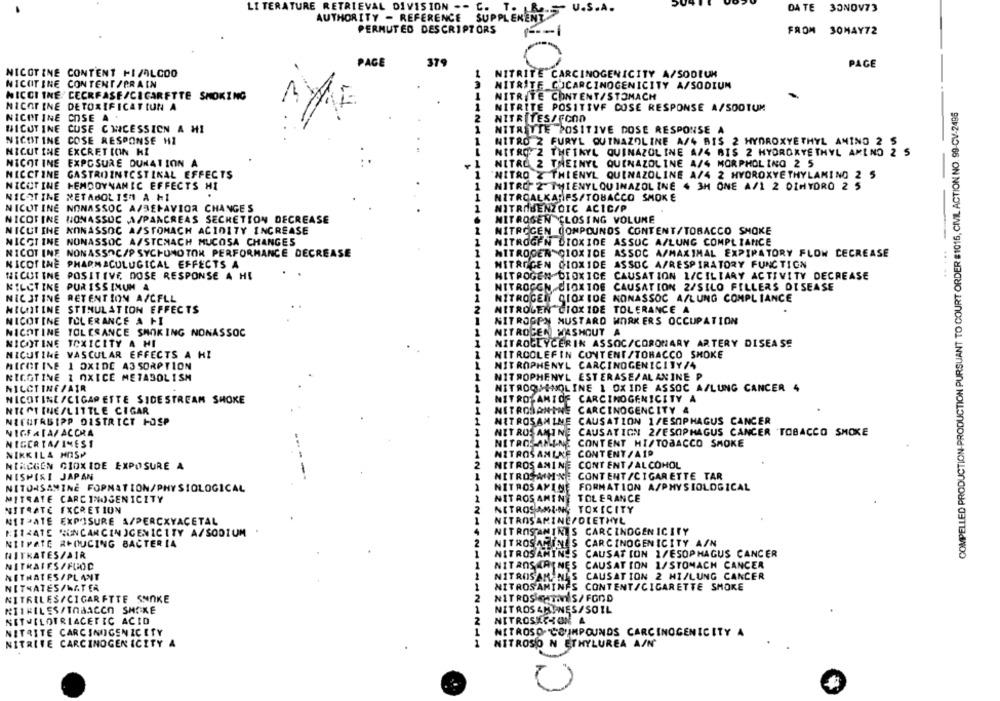
DA TE 30NOV73
LI TERATURE RETRIEVAL DIVISION -- C. T. R ..- U.S.A.
AUTHORITY - REFERENCE SUPPLEMENT
PERMUTED DESCRIPTORS
FROM 30MAY72
F -- 1
PAGE
379
PAGE
NICOTINE CONTENT FI/ALCOO
NITRITE CARCINOGENICITY A/SODIUM
NICOTINE CONTENT /PRAIN
NITRITE CUCARCINOGENICITY A/SODIUM
NICCI INE CECRFASE/CIGARETTE SMOKING
NITRITE CONTENT/STOMACH
COMPELLED PRODUCTION-PRODUCTION PURSUANT TO COURT ORDER #1016, CIVIL ACTION NO. 99-CV-2495
NICOTINE DETOXIFICATION A
1
NITRITE POSITIVE COSE RESPONSE A/SOOTUM
NICOTINE COSE A
2
NITRITES/FOOD
NICOTINE CUSE CHICESSION A HI
1
NITRITTE POSITIVE DOSE RESPONSE A
NICOTINE COSE RESPONSE HI
1
NITRO 2 FURYL QUINAZOLINE A/4 BIS 2 HYDROXYETHYL AMINO 2 5
NICUT INE EXCRETION HL
NITRO 2 THETKYL QUINAZOLINE A/4 BIS 2 HYDROKYETHYL AMINO 2 5
NICOTINE EXPOSURE DUNATION A
NITRO 2 THEINYL QUINAZOLINE A/4 MORPHOLING 2 5
NICCTINE GASTROINTESTINAL EFFECTS
"NITRO Z THIENYL QUINAZOLINE A/4 2 HYDROXYETHYLAMING 2 5
-
NICOTINE HEMDDYNAMIC EFFECTS HI
1
NITRO 2 THIENYLQUINAZOLINE 4 3H ONE A/1 2 DIHYDRO 2 5
NICOTINE METABOLISM A HI
1
NITROALKARIFS/TOBACCO SMOKE
NICOTINE NONASSOC A/SEFAVIOR CHANGES
NITRABENZOIC ACIC/P
NICOTINE NONASSOC A/PANCREAS SECHETION DECREASE
NITROGEN CLOSING VOLUME
NICOTINE NONASSOC A/STOMACH ACIDITY INCREASE
1
NITROGEN COMPOUNDS CONTENT/TOBACCO SMOKE
NICOTINE NONASSOC A/STCNACH MUCOSA CHANGES
1
NITROGEN DIOXIDE ASSUC A/LUNG COMPLIANCE
NICOT INE NONASSOC/PSYCHOMOTOR PERFORMANCE DECREASE
NITROGEN DIOXIDE ASSOC A/MAXIMAL EXPIRATORY FLOW DECREASE
NICOTINE PHARMACULUGICAL EFFECTS A
1
NITROGEN DIOXIDE ASSOC A/RESPIRATORY FUNCTION
... ..
NICOTINE POSITIVE DOSE RESPONSE A HI
1
NITROGEN DIOXIDE CAUSATION 1/CILIARY ACTIVITY DECREASE
NILCTINE PURISSINUM A
NITROGEN DIOXIDE CAUSATION 2/SILO FILLERS DISEASE
NICOTINE RETENTION A/CFLL
1
NITROGEN DIOXIDE NONASSOC A/LUNG COMPLIANCE
NICOTINE STIMULATION EFFECTS
2
NITROLEN CIOXIDE TOLERANCE A
NICOTINE TOLERANCE A HI
NITROGPN MUSTARD WORKERS OCCUPATION
NICOTINE TOLERANCE SMOKING NONASSOC
NITROGEN WASHOUT A
NICOTINE TOXICITY A HI
1
NITROGLYCERIN ASSOC/CORONARY ARTERY DISEASE
NICUTINE VASCULAR EFFECTS A HI
NITROOLEFIN CONTENT/TORACCO SMOKE
1
NITROPHENYL CARCINOGENICITY/4
MIGOTINE 1 OXIDE A3 SORPTION
NICOTINE 1 OXICE METABOLISM
NITROPHENYL ESTERASE/ALANINE P
NICOTINE/AIR
1
NITROOMENOLINE 1 OXIDE ASSOC A/LUNG CANCER 4
NICOTINE/CIGARETTE SIDESTREAM SHOKE
1
NITROSAMIDE CARCINOGENICITY A
NICOTINE/LITTLE CIGAR
NITROSANTNE CARCINOGENCITY A
NICHTRBIPP DISTRICT HOSP
NITROSAMINE CAUSATION 1/ESOPHAGUS CANCER
NIGERIA/ ACCRA
1
NITROSAMINE CAUSATIGN 2/ESOPHAGUS CANCER TOBACCO SMOKE
NIGCATA/ INEST
NITROSAMINE CONTENT HI/TOBACCO SMOKE
NIKKILA HOSP
NITROSANLXE CONTENT/AID
NIRCGEN GIOXIDE EXPOSURE A
NITROS ANINE CONTENT / ALCOHOL
NISPIRI JAPAN
NITROSWIMNE CONTENT/CIGARETTE TAR
NITORSAMINE FOPNATION/PHYSIOLOGICAL
1244
NITROSAFINE FORMATION A/PHYSIOLOGICAL
MITRATE CARCINOGENICITY
NITROS AMINE TOLERANCE
NITRATE EXCRETION
2
NITROSAMSING TOXICITY
1
NITPATE EXPOSURE A/PERCXYACETAL
NITROSAMINE/DIETHYL
N1144TE CONCARCINOGENICITY A/SODIUM
4
NITROSAMINES CARCINOGENICITY
NIIPATE R+OUCING BACTERIA
2
NITROSAMINES CARCINOGENICITY A/N
NITROSAMINES CAUSATION 1/ESOPHAGUS CANCER
NITKATES/AIR
NITRATES/FOOD
NITANSERINES CAUSATION 1/STOMACH CANCER
1
NITHATES/PLANT
NITROSAMANES
CAUSATION 2 MI/LUNG CANCER
NITRATES/WATER
NITROSAMINES CONTENT/CIGARETTE SMOKE
2
NITRILES/CIGARETTE SNAKE
NITROS CHTonS/ FOOD
NITRILES/TOBACCO SMOKE
1
NITROSAMYNES/SOIL
NETVELOTRIACETIC ACID
NITROSKEHON A
NITRITE CARCINOGENICETY
NITROSO COMPOUNDS CARCINOGENICITY A
NITRITE CARCINOGENICITY A
NITROSO N ETHYLUREA A/N